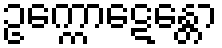
ဥက္ကောဋေန္တော